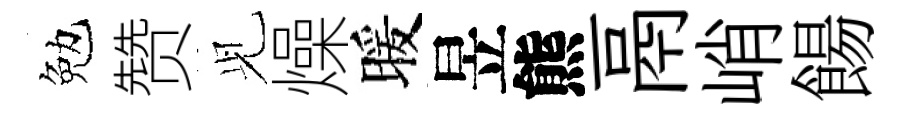
勉赞𫤗燥暖昱熊鬲峭餳